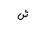
Letter: _shin